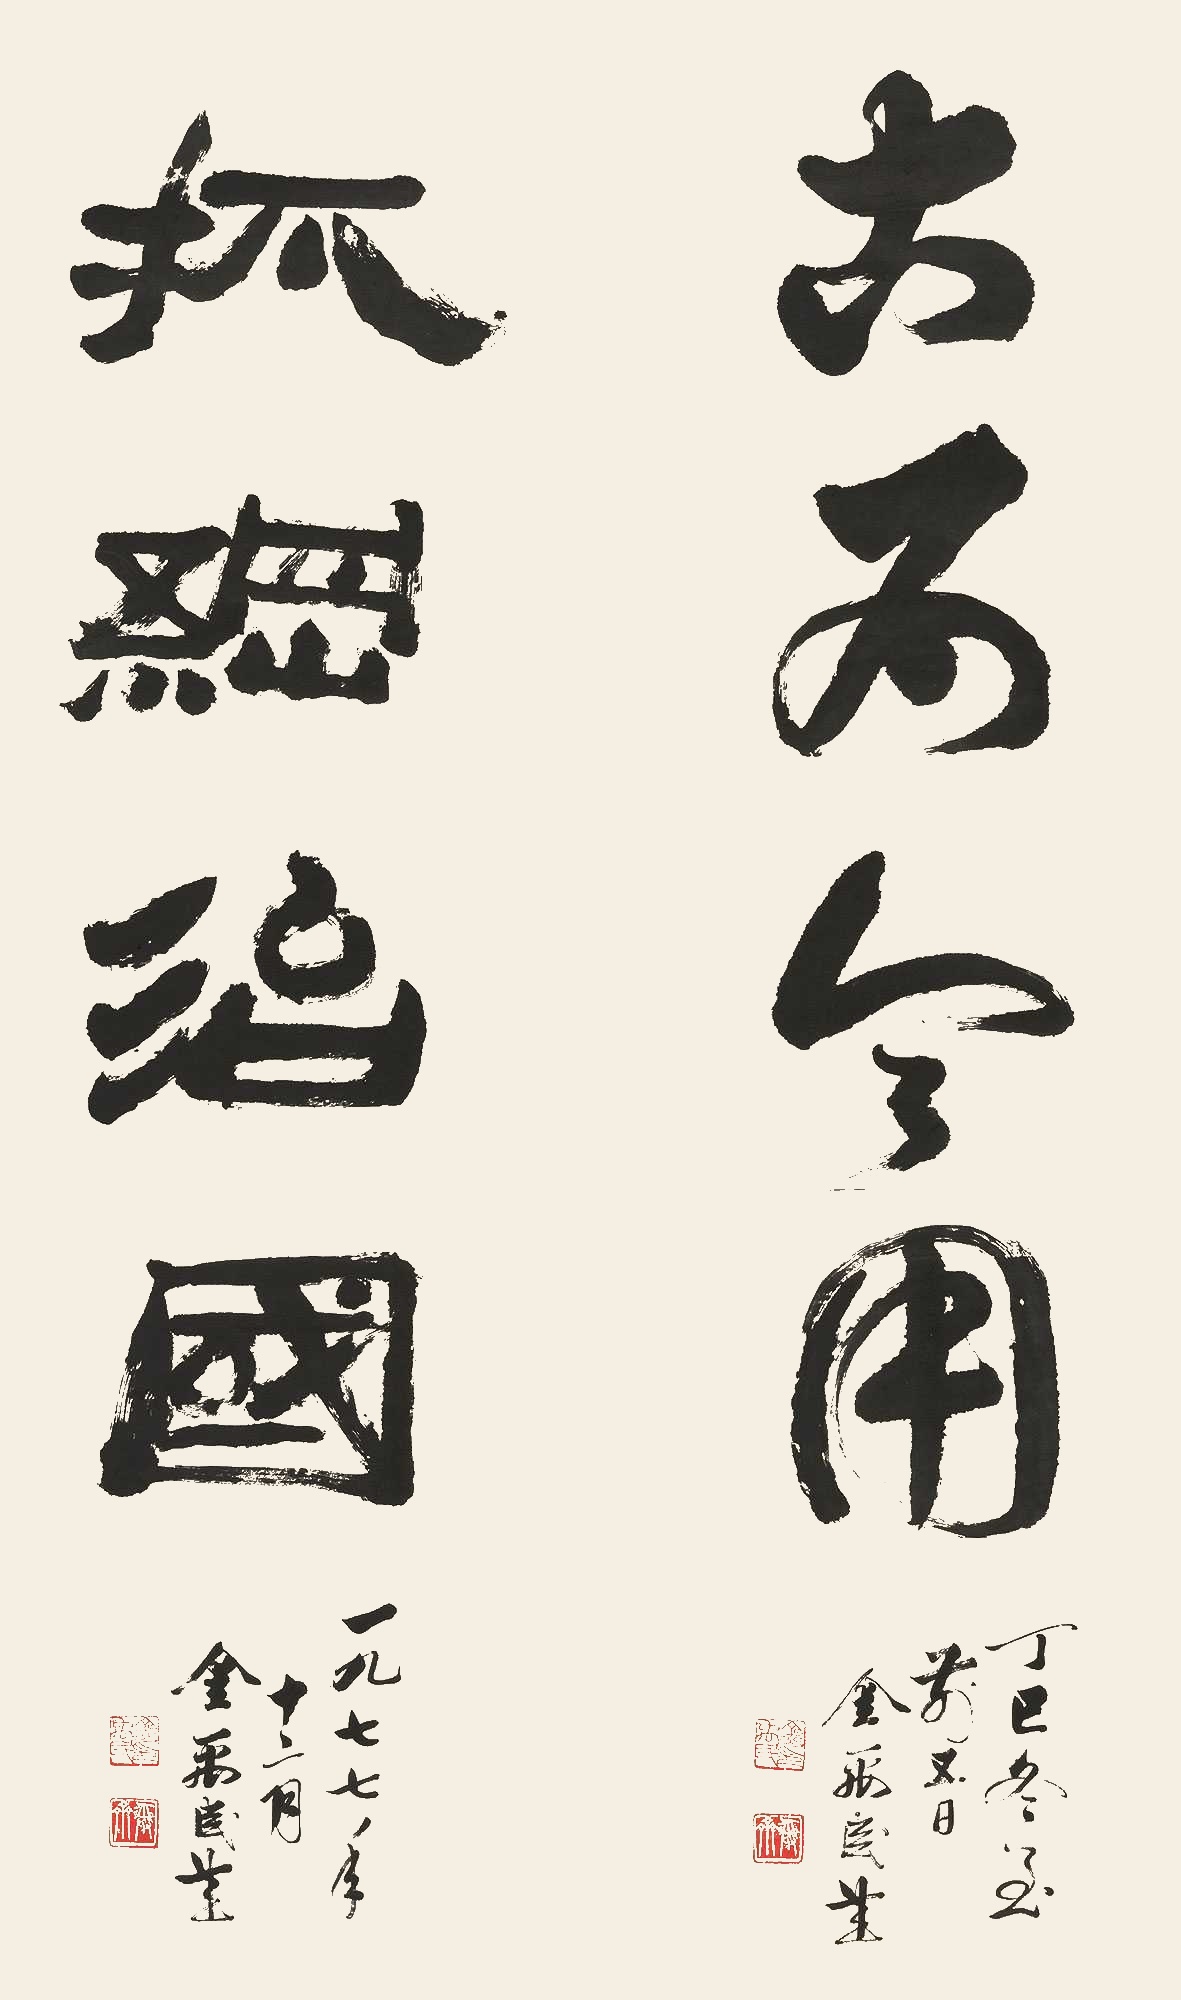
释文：古为今用抓纲治国丁巳冬至前五日，金禹民书。一九七七年十二月，金禹民书。